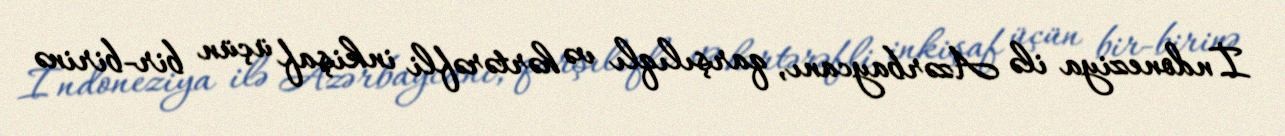
İndoneziya ilə Azərbaycanı, qarşılıqlı və hərtərəfli inkişaf üçün bir-birinə